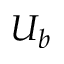
U _ { b }